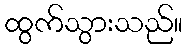
ထွက်သွားသည်။